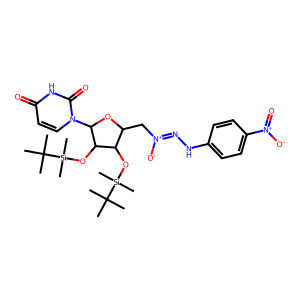
SMILES: CC(C)(C)[Si](C)(C)OC1C(C[N+]([O-])=NNc2ccc([N+](=O)[O-])cc2)OC(n2ccc(=O)[nH]c2=O)C1O[Si](C)(C)C(C)(C)C
Inhibits HIV replication: No